65_HS1-834228961_62-HQ-83894_Section_3
Agency: FBI
Page 180
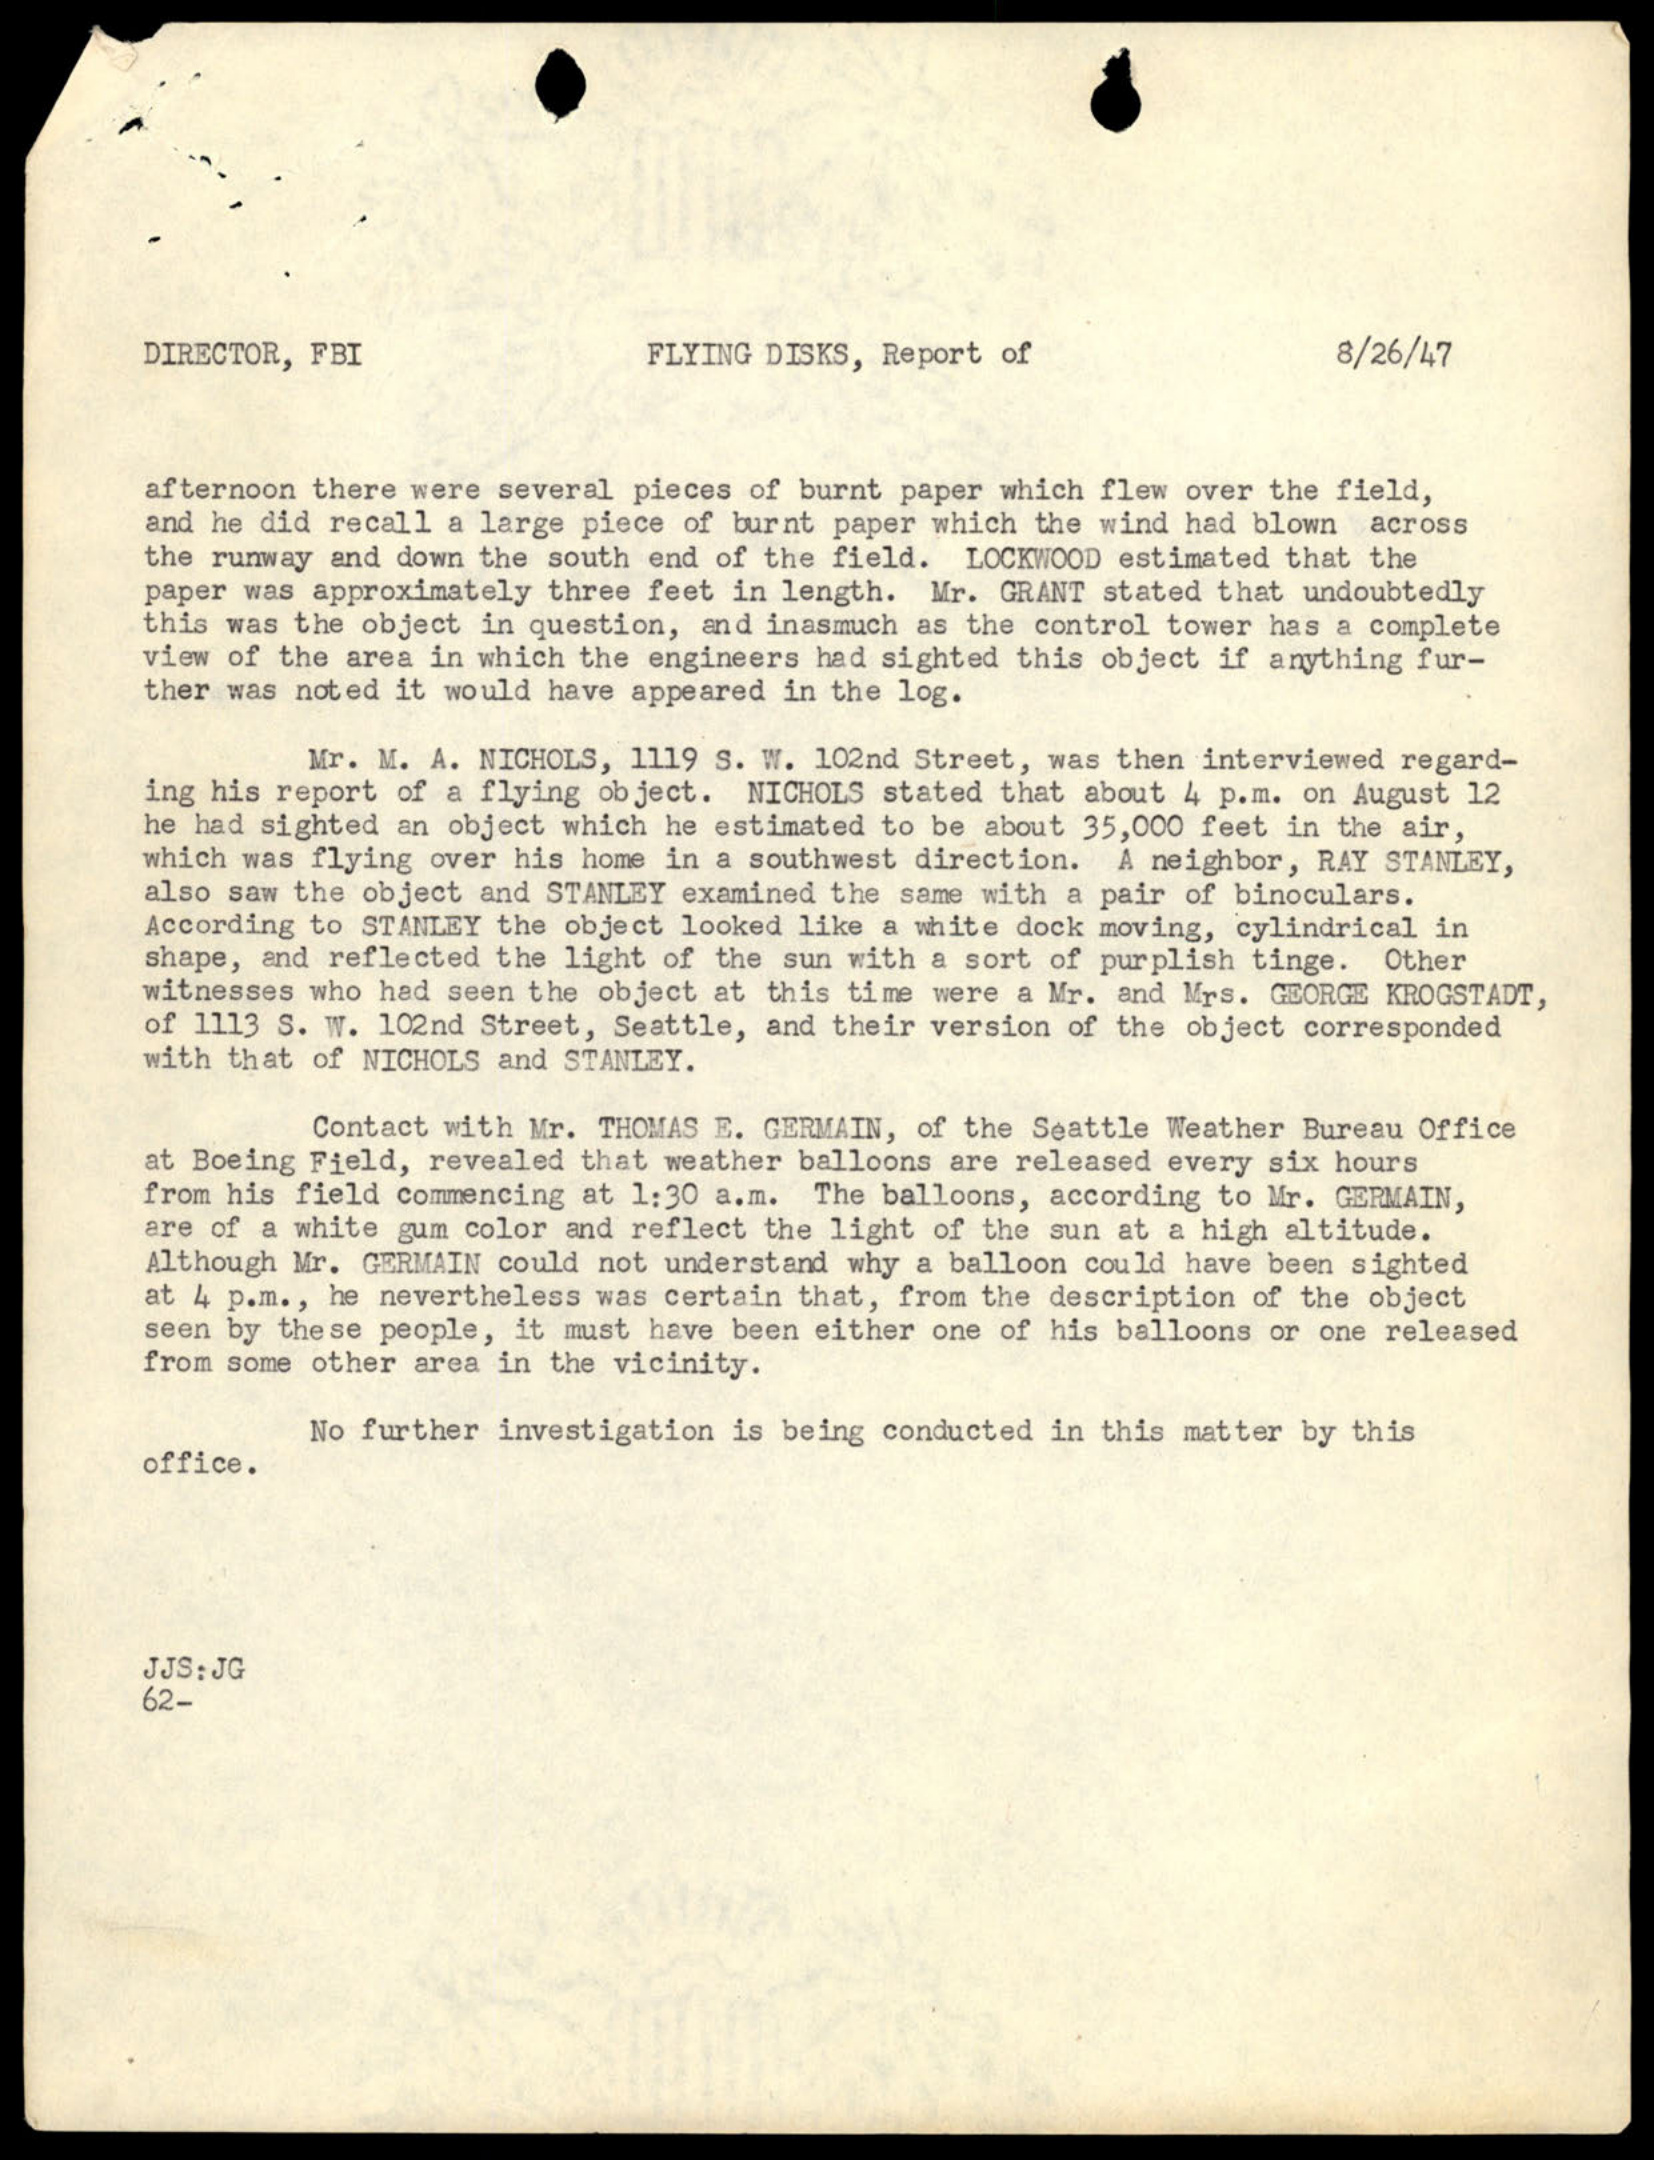